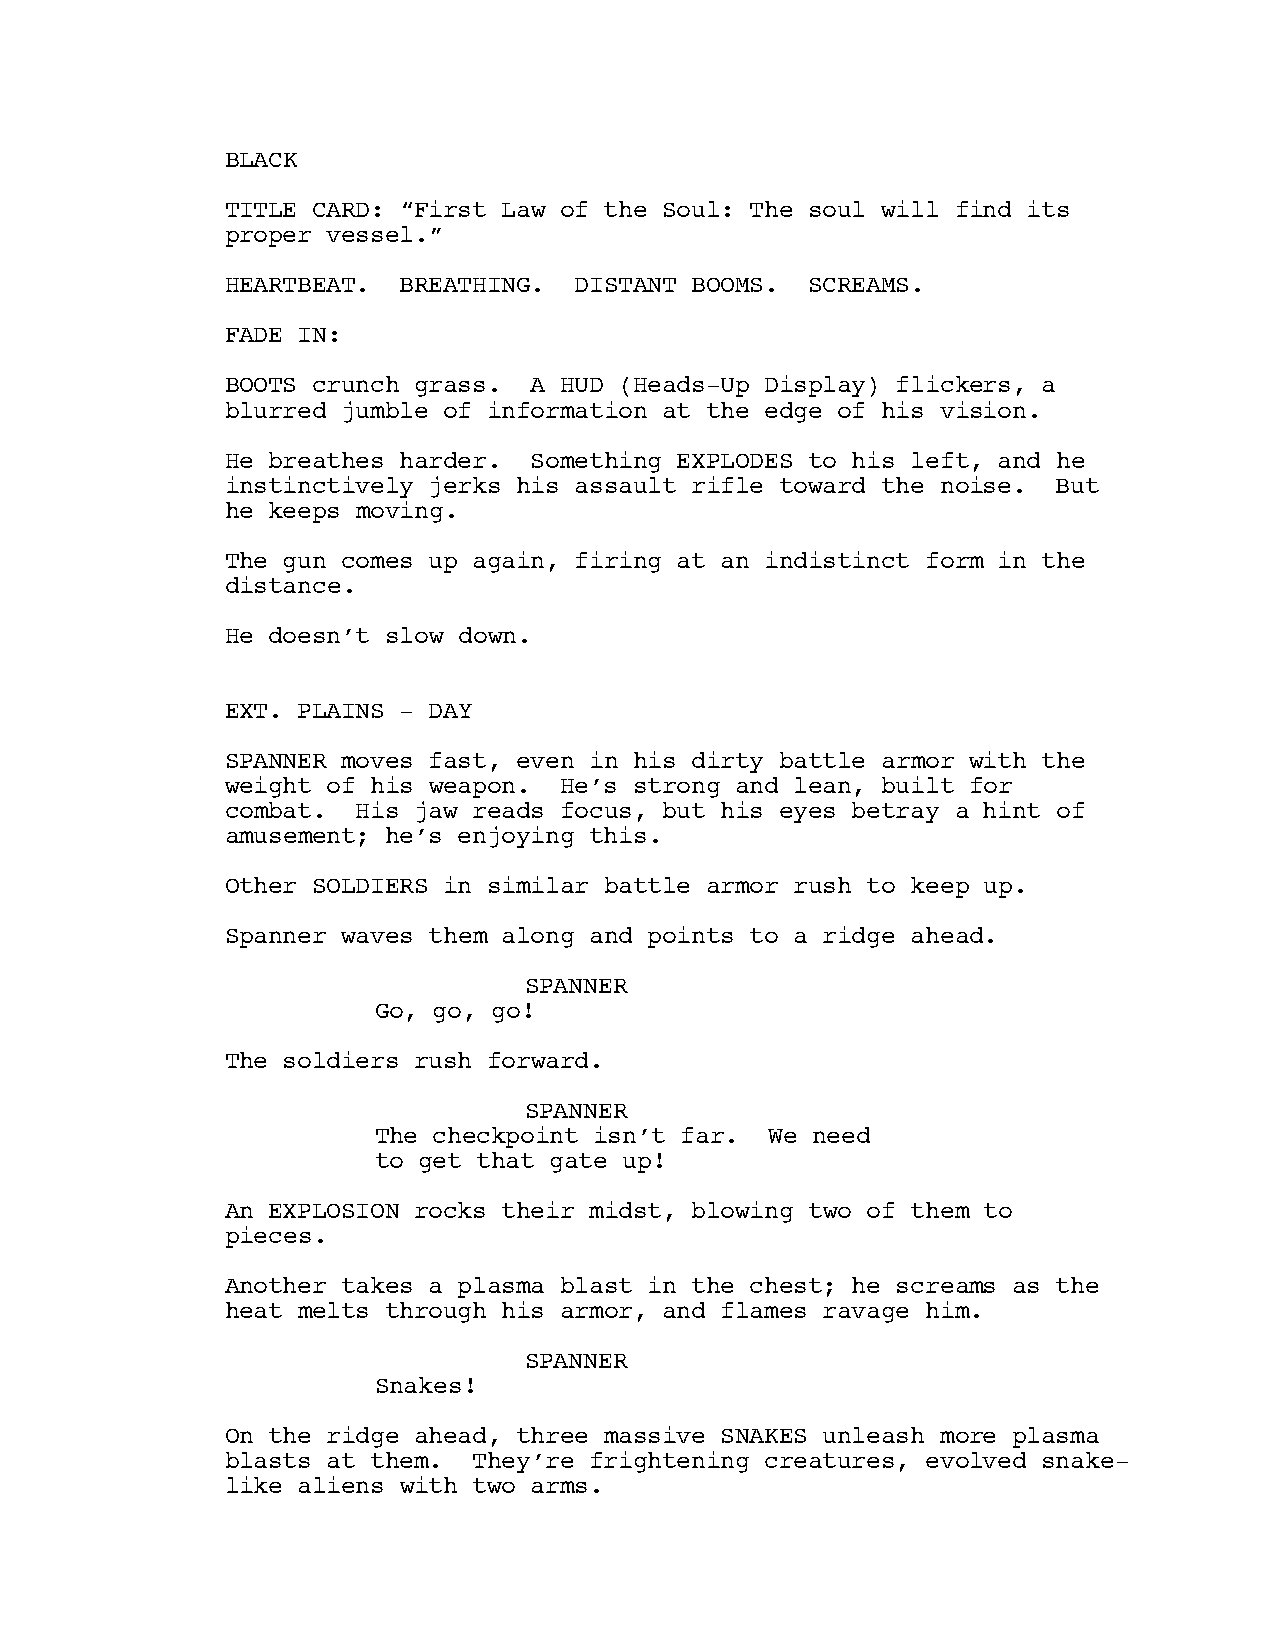
BLACK
 TITLE CARD: “First Law of the Soul: The soul will find its
 proper vessel.”
 HEARTBEAT. BREATHING.  DISTANT BOOMS.  SCREAMS.
 FADE IN:
 BOOTS crunch grass. A HUD (Heads-Up Display) flickers, a
 blurred jumble of information at the edge of his vision.
 He breathes harder. Something EXPLODES to his left, and he
 instinctively jerks his assault rifle toward the noise. But
 he keeps moving.
 The gun comes up again, firing at an indistinct form in the
 distance.
 He doesn’t slow down.
 EXT. PLAINS - DAY
 SPANNER moves fast, even in his dirty battle armor with the
 weight of his weapon. He’s strong and lean, built for
 combat.  His jaw reads focus, but his eyes betray a hint of
 amusement; he’s enjoying this.
 Other SOLDIERS in similar battle armor rush to keep up.
 Spanner waves them along and points to a ridge ahead.
 SPANNER
 Go, go, go!
 The soldiers rush forward.
 SPANNER
 The checkpoint isn’t far. We need
 to get that gate up!
 An EXPLOSION rocks their midst, blowing two of them to
 pieces.
 Another takes a plasma blast in the chest; he screams as the
 heat melts through his armor, and flames ravage him.
 SPANNER
 Snakes!
 On the ridge ahead, three massive SNAKES unleash more plasma
 blasts at them. They’re frightening creatures, evolved snake-
 like aliens with two arms.